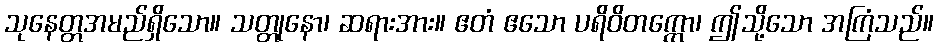
သုနေတ္တအမည်ရှိသော။ သတ္တုနော၊ ဆရားအား။ ဧတံ ဧသော ပရိဝိတက္ကော၊ ဤသို့သော အကြံသည်။